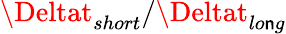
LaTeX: \Deltat_{short}/\Deltat_{lo\mathsf{n}g}